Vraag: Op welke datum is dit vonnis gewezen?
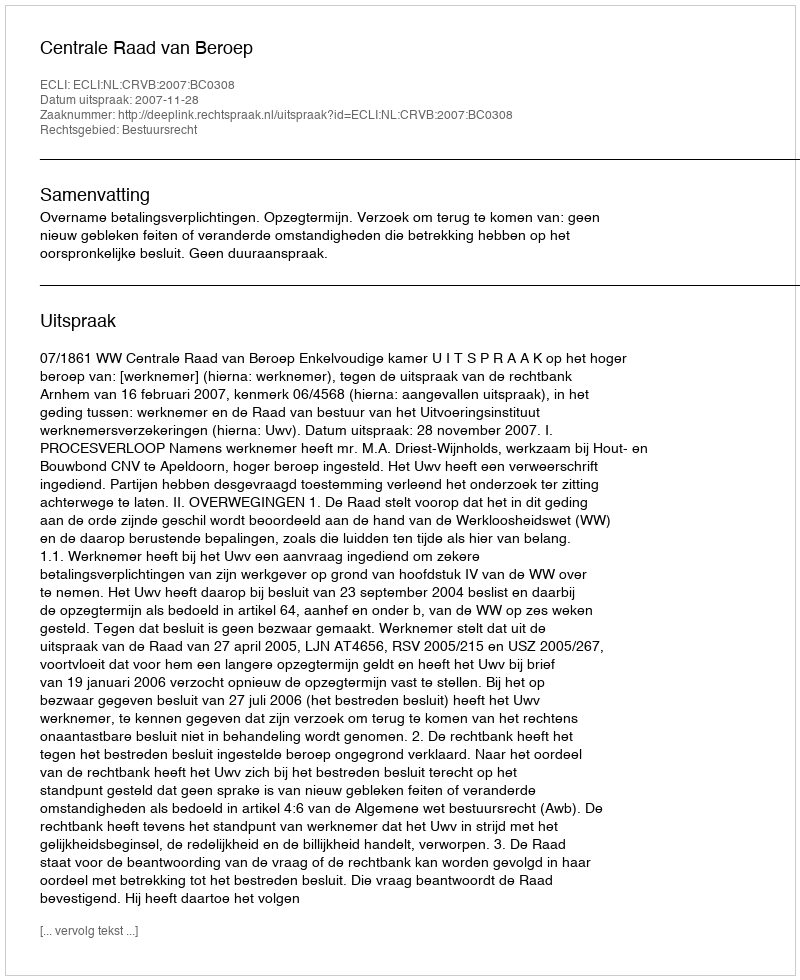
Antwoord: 2007-11-28